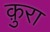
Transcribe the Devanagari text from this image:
क़ुरा